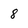
Character: 8